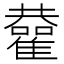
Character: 𩁂